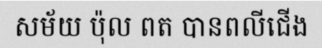
សម័យ ប៉ុល ពត បានពលីជើង